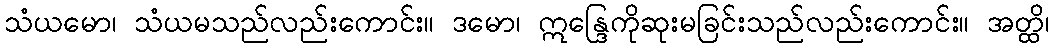
သံယမော၊ သံယမသည်လည်းကောင်း။ ဒမော၊ ဣန္ဒြေကိုဆုးမခြင်းသည်လည်းကောင်း။ အတ္ထိ၊